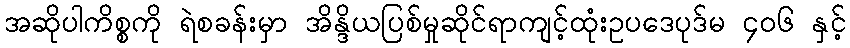
အဆိုပါကိစ္စကို ရဲစခန်းမှာ အိန္ဒိယပြစ်မှုဆိုင်ရာကျင့်ထုံးဥပဒေပုဒ်မ ၄၀၆ နှင့်